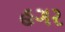
હગર